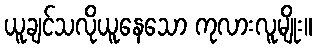
ယူချင်သလိုယူနေသော ကုလားလူမျိုး။